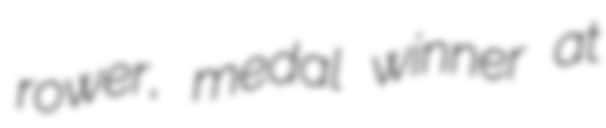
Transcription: rower, medal winner at